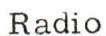
Radio